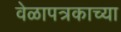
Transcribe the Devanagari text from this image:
वेळापत्रकाच्या